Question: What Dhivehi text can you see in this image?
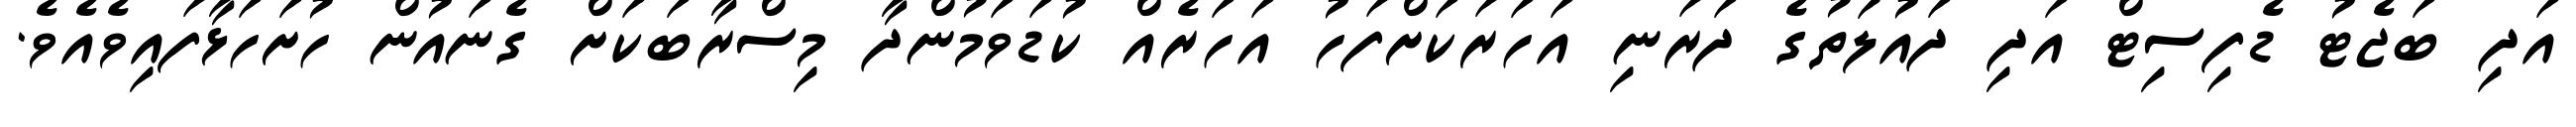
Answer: އަދި ބަޖެޓު ޑެފިސިޓް އަދި ދައުލަތުގެ ދަރަނި އަހަރަކަށްފަހު އަހަރެއް ކުޑަވަމުންދާ މިސްރާބަކަށް ގެނައުން ހުށަހަޅާފައިވެއެވެ.